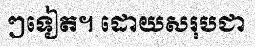
ៗទៀត។ ដោយសរុបជា